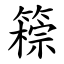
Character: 䉘